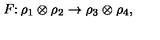
F \colon \rho _ { 1 } \otimes \rho _ { 2 } \to \rho _ { 3 } \otimes \rho _ { 4 } ,